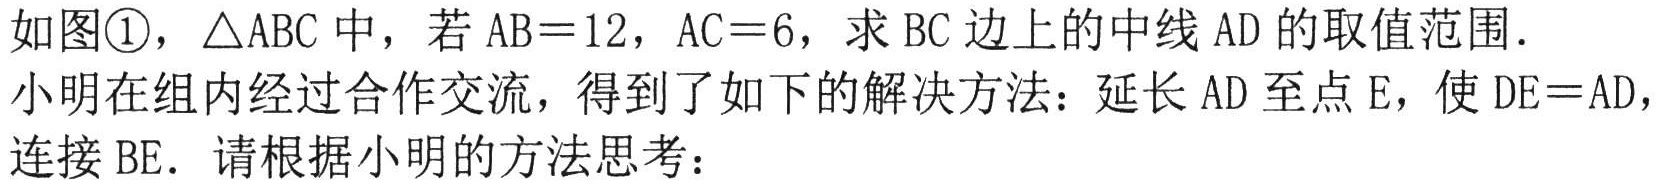
如图\textcircled{1}，\(\triangle ABC\) 中，若 \(AB = 12\)，\(AC = 6\)，求 \(BC\) 边上的中线 \(AD\) 的取值范围．
小明在组内经过合作交流，得到了如下的解决方法：延长 \(AD\) 至点 \(E\)，使 \(DE = AD\)，
连接 \(BE\)．请根据小明的方法思考：